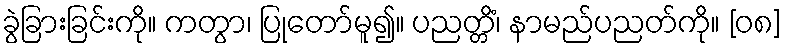
ခွဲခြားခြင်းကို။ ကတွာ၊ ပြုတော်မူ၍။ ပညတ္တိံ၊ နာမည်ပညတ်ကို။ [၀၈]